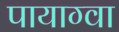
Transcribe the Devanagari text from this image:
पायाग्वा